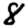
Digit: 8